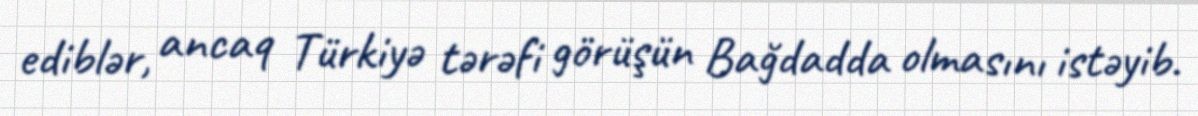
ediblər, ancaq Türkiyə tərəfi görüşün Bağdadda olmasını istəyib.